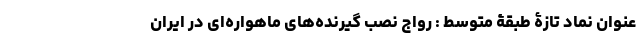
عنوان نماد تازۀ طبقۀ متوسط : رواج نصب گیرنده‌های ماهواره‌ای در ایران